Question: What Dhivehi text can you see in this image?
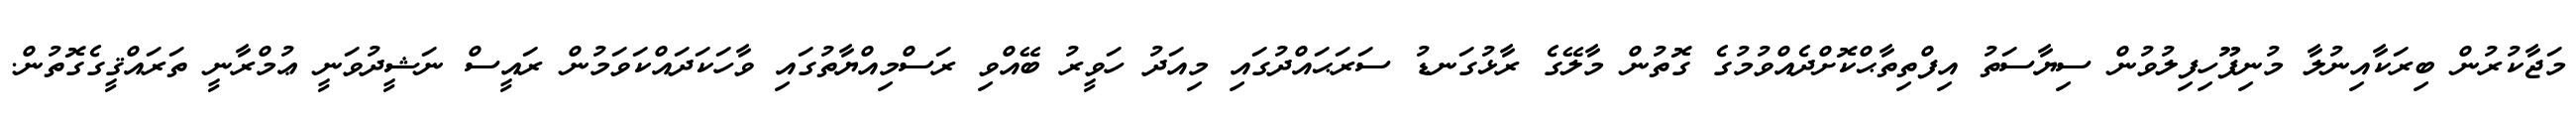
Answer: މަޖާކުރުން ބިރަކާއިނުލާ މުނިފޫހިފިލުވުން ސިޔާސަތު އިފްތިތާޙްކޮށްދެއްވުމުގެ ގޮތުން މާލޭގެ ރާޅުގަނޑު ސަރަޙައްދުގައި މިއަދު ހަވީރު ބޭއްވި ރަސްމިއްޔާތުގައި ވާހަކަދައްކަވަމުން ރައީސް ނަޝީދުވަނީ ޢުމްރާނީ ތަރައްޤީގެގޮތުން.